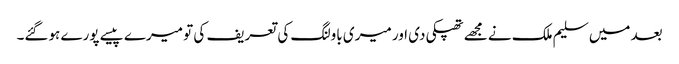
بعد میں سلیم ملک نے مجھے تھپکی دی اور میری باولنگ کی تعریف کی تو میرے پیسے پورے ہوگئے۔